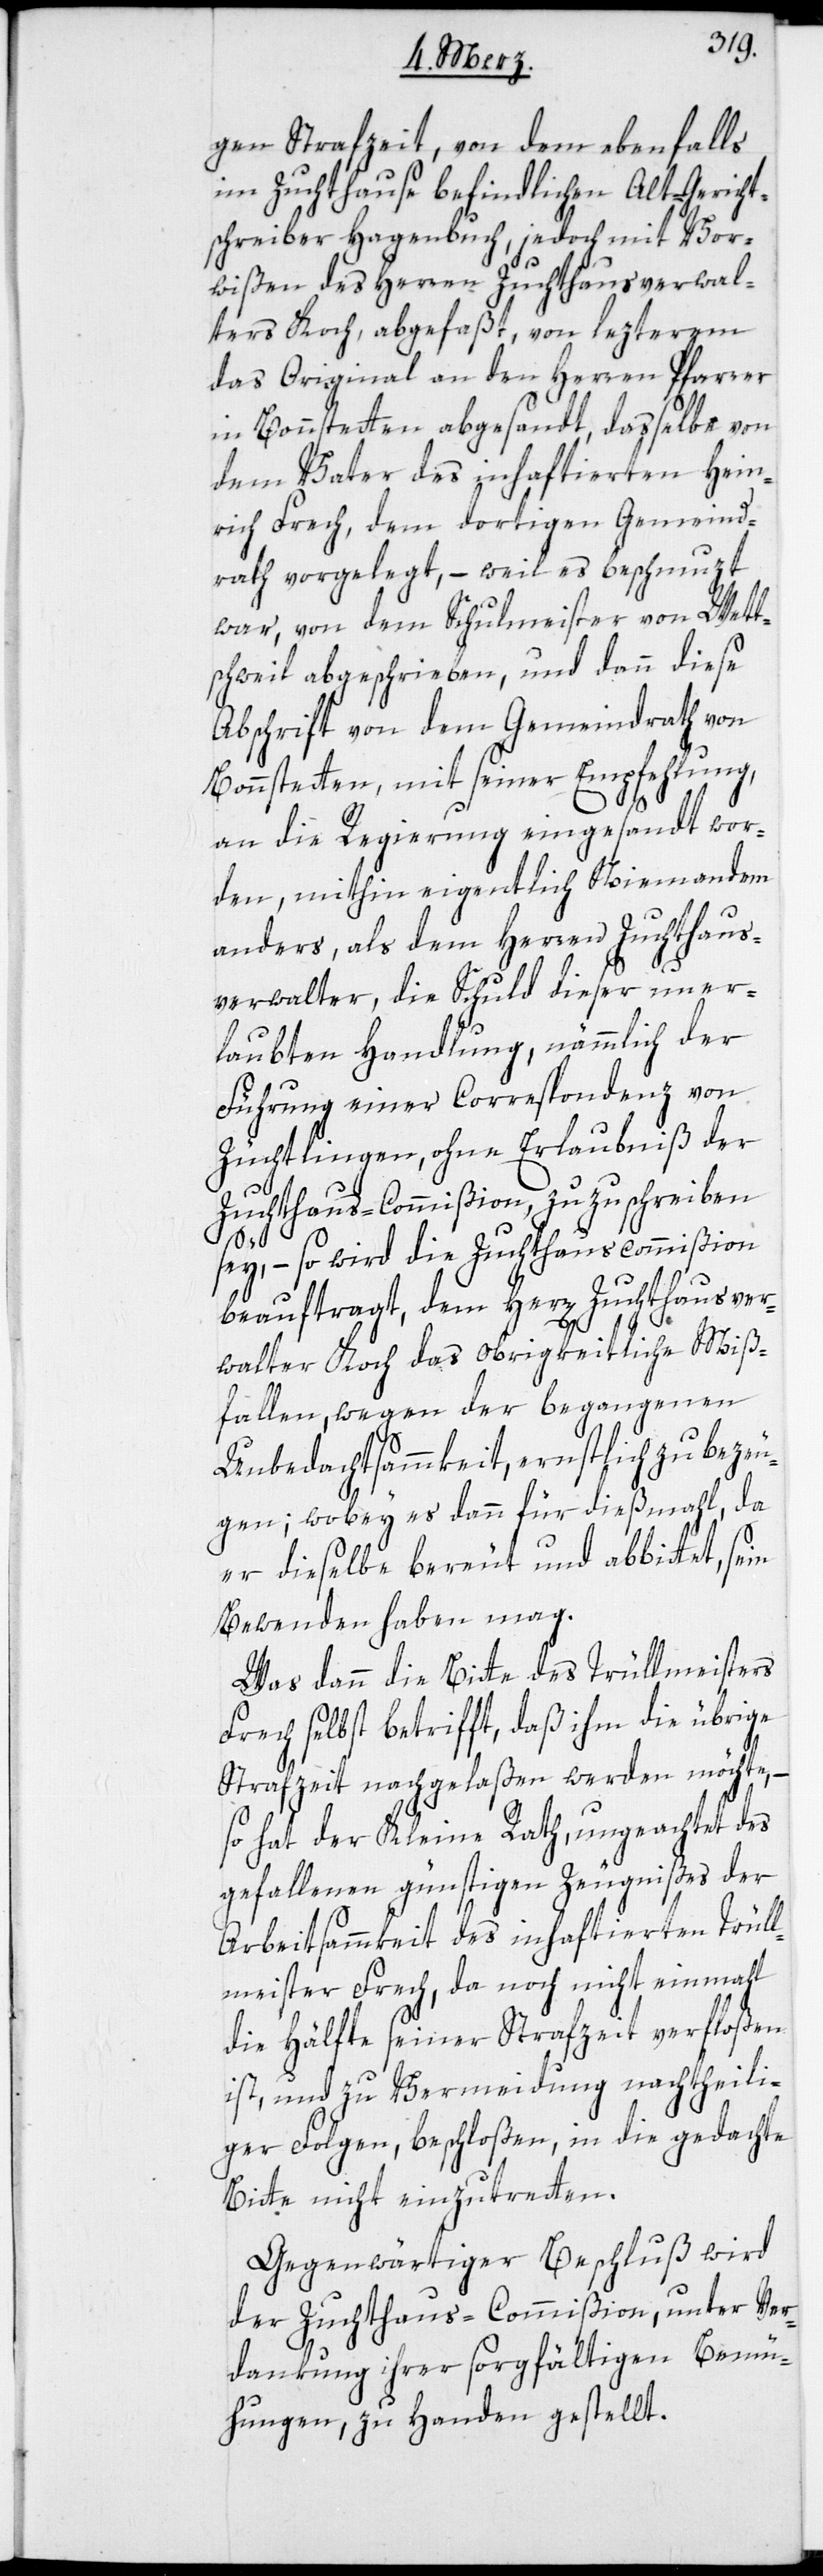
gen Strafzeit, von dem ebenfalls
im Zuchthause befindlichen Alt-Gericht¬
schreiber Hagenbuch, jedoch mit Vor¬
wißen des Herrn Zuchthausverwal¬
ters Koch, abgefaßt, von lezterem
das Original an den Herren Pfarrer
in Bonstetten abgesandt, dasselbe von
dem Vater des inhaftierten Hein¬
rich Frech, dem dortigen Gemeind¬
rath vorgelegt, – weil es beschmuzt
war, von dem Schulmeister von Wett¬
schweil abgeschrieben, und dann diese
Abschrift von dem Gemeindrath von
Bonstetten, mit seiner Empfehlung,
an die Regierung eingesandt wor¬
den, mithin eigentlich Niemandem
anders, als dem Herren Zuchthaus¬
verwalter, die Schuld dieser uner¬
laubten Handlung, nämmlich der
Führung einer Correspondenz von
Züchtlingen, ohne Erlaubniß der
Zuchthaus-Commißion, zuzuschreiben
sey, – so wird die Zuchthauscommißion
beauftragt, dem Herrn Zuchthausver¬
walter Koch das obrigkeitliche Miß¬
fallen, wegen der begangenen
Unbedachtsammkeit, ernstlich zu bezeu¬
gen, wobey es dann für dießmahl, da
er dieselbe bereut und abbittet, sein
Bewenden haben mag.
Was dann die Bitte des Trüllmeisters
Frech selbst betrifft, daß ihm die übrige
Strafzeit nachgelaßen werden möchte, –
so hat der Kleine Rath, ungeachtet des
gefallenen günstigen Zeugnißes der
Arbeitsammkeit des inhaftierten Trüll¬
meister Frech, da noch nicht einmahl
die Hälfte seiner Strafzeit verfloßen
ist, und zu Vermeidung nachtheili¬
ger Folgen, beschloßen, in die gedachte
Bitte nicht einzutretten.
Gegenwärtiger Beschluß wird
der Zuchthaus-Commißion, unter Ver¬
dankung ihrer sorgfältigen Bemü¬
hungen, zu Handen gestellt.